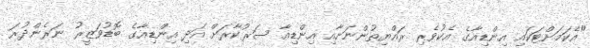
"އެކަމަށްޓަކައި އިންޑިއާގެ އެކުވެރި ރައްޔިތުންނަށާއި އިންޑިއާ ސަރުކާރަށް އަދި އިންޑިއާގެ ބޮޑުވަޒީރު ނަރެންދުރަ